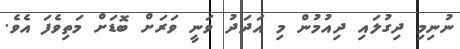
ނުނިމި ދިގުލައި ދިއުމުން މި އަދަދު ވަނީ ވަރަށް ބޮޑަށް މަތިވެފަ އެވެ.